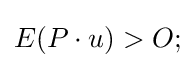
E(P\cdot u)>O;